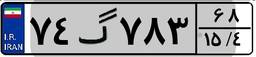
۶۳گ۸۹۱۶۸